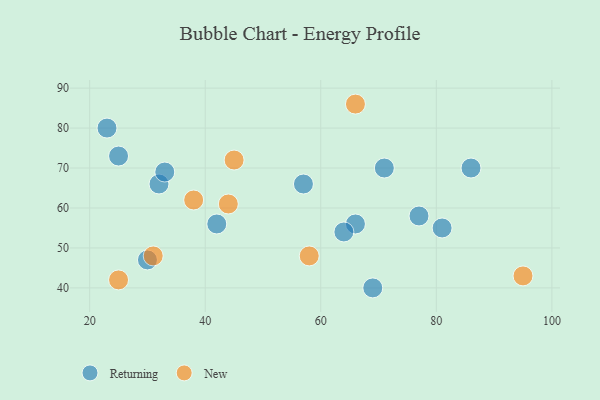
{"axis": {"x": "GDP", "y": "Life Expectancy"}, "legend": ["New", "Returning"], "data": [{"x": "32", "y": 66, "type": "Returning"}, {"x": "23", "y": 80, "type": "Returning"}, {"x": "42", "y": 56, "type": "Returning"}, {"x": "66", "y": 56, "type": "Returning"}, {"x": "86", "y": 70, "type": "Returning"}, {"x": "81", "y": 55, "type": "Returning"}, {"x": "69", "y": 40, "type": "Returning"}, {"x": "77", "y": 58, "type": "Returning"}, {"x": "57", "y": 66, "type": "Returning"}, {"x": "71", "y": 70, "type": "Returning"}, {"x": "25", "y": 73, "type": "Returning"}, {"x": "33", "y": 69, "type": "Returning"}, {"x": "30", "y": 47, "type": "Returning"}, {"x": "64", "y": 54, "type": "Returning"}, {"x": "25", "y": 42, "type": "New"}, {"x": "58", "y": 48, "type": "New"}, {"x": "31", "y": 48, "type": "New"}, {"x": "95", "y": 43, "type": "New"}, {"x": "38", "y": 62, "type": "New"}, {"x": "44", "y": 61, "type": "New"}, {"x": "66", "y": 86, "type": "New"}, {"x": "45", "y": 72, "type": "New"}]}